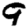
Digit: 9